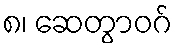
၈၊ ဆေတွာဝဂ်